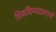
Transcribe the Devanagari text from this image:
शिकविण्याप्रमाणें